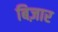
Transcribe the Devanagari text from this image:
बिज़ार